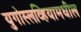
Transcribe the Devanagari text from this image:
युगोस्लव्हियामधील